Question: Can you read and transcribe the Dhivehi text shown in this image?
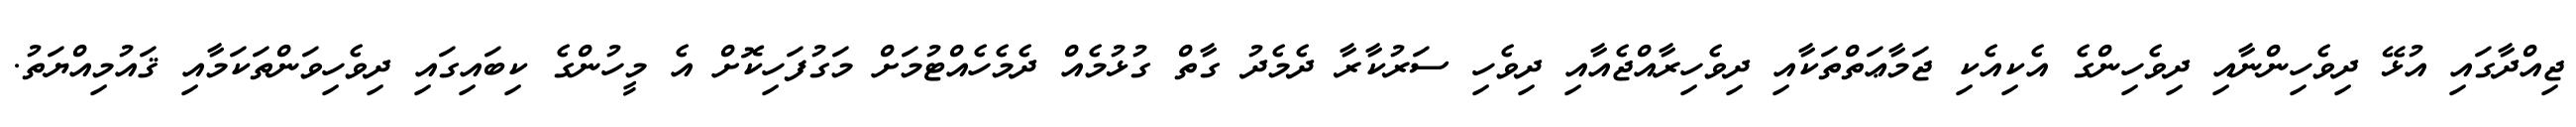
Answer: ޖިއްދާގައި އުޅޭ ދިވެހިންނާއި ދިވެހިންގެ އެކިއެކި ޖަމާޢަތްތަކާއި ދިވެހިރާއްޖެއާއި ދިވެހި ސަރުކާރާ ދެމެދު ގާތް ގުޅުމެއް ދެމެހެއްޓުމަށް މަގުފަހިކޮށް އެ މީހުންގެ ކިބައިގައި ދިވެހިވަންތަކަމާއި ޤައުމިއްޔަތު.